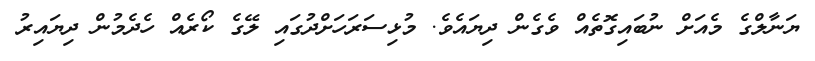
ޔަނާލްގެ މެއަށް ނުބައިގޮތެއް ވެގެން ދިޔައެވެ. މުޅިސަރަހަށްދުގައި ލޭގެ ކޯރެއް ހެދެމުން ދިޔައިރު